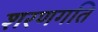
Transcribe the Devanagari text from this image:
शरणगति